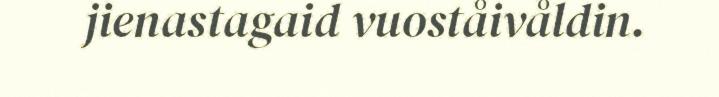
jienastagaid vuoståivåldin.